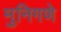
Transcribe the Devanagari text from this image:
मुनिगणे